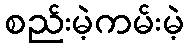
စည်းမဲ့ကမ်းမဲ့